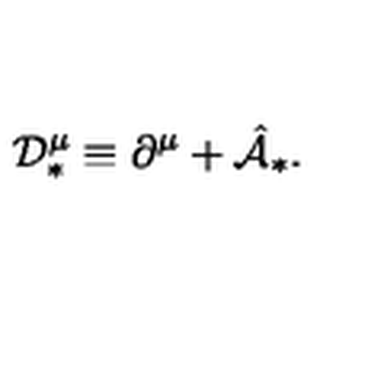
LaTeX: { \cal D } _ { \ast } ^ { \mu } \equiv \partial ^ { \mu } + \hat { \cal A } _ { \ast } .